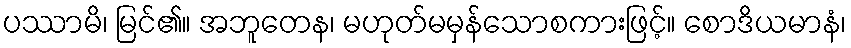
ပဿာမိ၊ မြင်၏။ အဘူတေန၊ မဟုတ်မမှန်သောစကားဖြင့်။ စောဒိယမာနံ၊